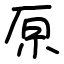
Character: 𠩤